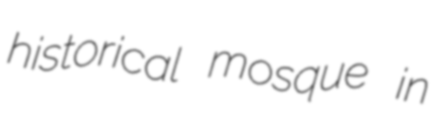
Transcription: historical mosque in